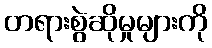
တရားစွဲဆိုမှုများကို